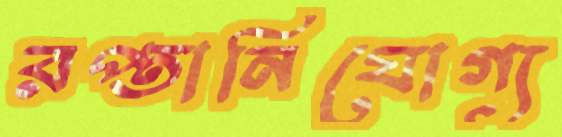
রপ্তানিযোগ্য